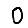
Digit: 0